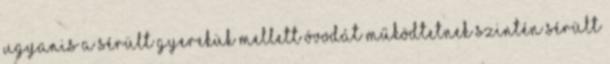
ugyanis a sérült gyerekük mellett óvodát működtetnek szintén sérült